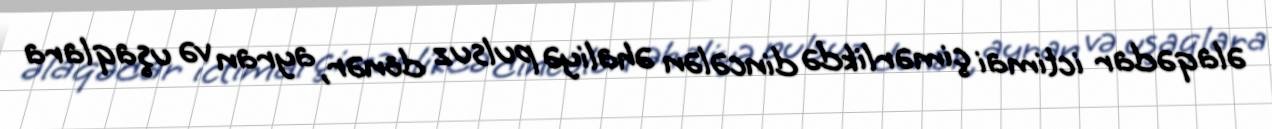
əlaqədar ictimai çimərlikdə dincələn əhaliyə pulsuz dönər, ayran və uşaqlara